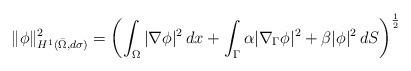
LaTeX: \begin{align*}\|\phi\|_{H^1(\bar{\Omega},d\sigma)}^2=\left(\int_{\Omega}|\nabla \phi|^2\,dx+\int_{\Gamma}\alpha|\nabla_\Gamma \phi|^2+\beta|\phi|^2\,dS\right)^{\frac{1}{2}}\end{align*}